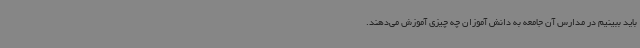
باید ببینیم در مدارس آن جامعه به دانش آموزان چه چیزی آموزش می‌دهند.